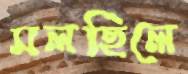
মলছিলে